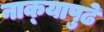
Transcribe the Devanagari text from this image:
नाक्‍यापुढे